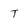
Character: T